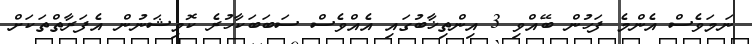
ނަމަވެސް އެންމެ ފަހުން ބޭއްވި 3 އިންތިޚާބުގައި އެއްވެސް ސަބަބަކާހުރެ ކޮމިޝަނުން އެފަރާތްތަކަށް